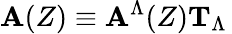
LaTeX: \mathbf{A}(Z)\equiv\mathbf{A}^{\Lambda}(Z){\mathbf{T}}_{\Lambda}\,